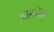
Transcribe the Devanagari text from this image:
बरनगोरे